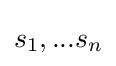
s_{1},...s_{n}